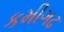
કમીગઢ